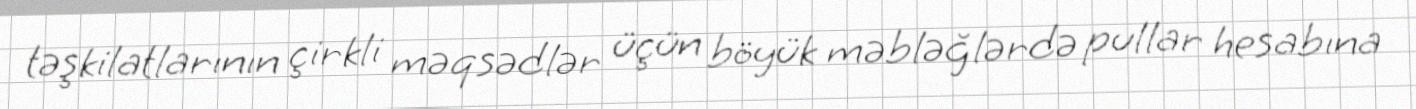
təşkilatlarının çirkli məqsədlər üçün böyük məbləğlərdə pullar hesabına